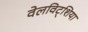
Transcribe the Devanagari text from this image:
वेलविट्शिया